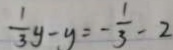
\frac { 1 } { 3 } y - y = - \frac { 1 } { 3 } - 2